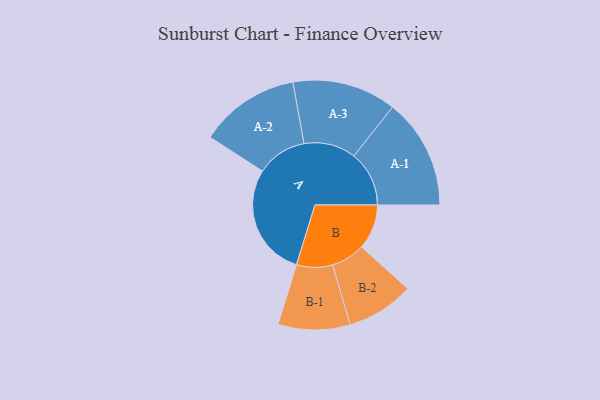
{"axis": {"x": "Segment", "y": "Value"}, "legend": ["", "A", "B"], "data": [{"x": "A", "y": 452, "type": ""}, {"x": "B", "y": 180, "type": ""}, {"x": "A-1", "y": 221, "type": "A"}, {"x": "A-2", "y": 201, "type": "A"}, {"x": "A-3", "y": 208, "type": "A"}, {"x": "B-1", "y": 144, "type": "B"}, {"x": "B-2", "y": 135, "type": "B"}]}